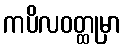
ကပိလဝတ္ထုမှာ